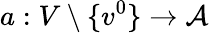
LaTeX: a:V\setminus\{ v^{0}\} \rightarrow{\mathcal{A}}